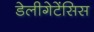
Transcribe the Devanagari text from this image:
डेलीगेटेंसिस